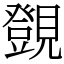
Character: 覴